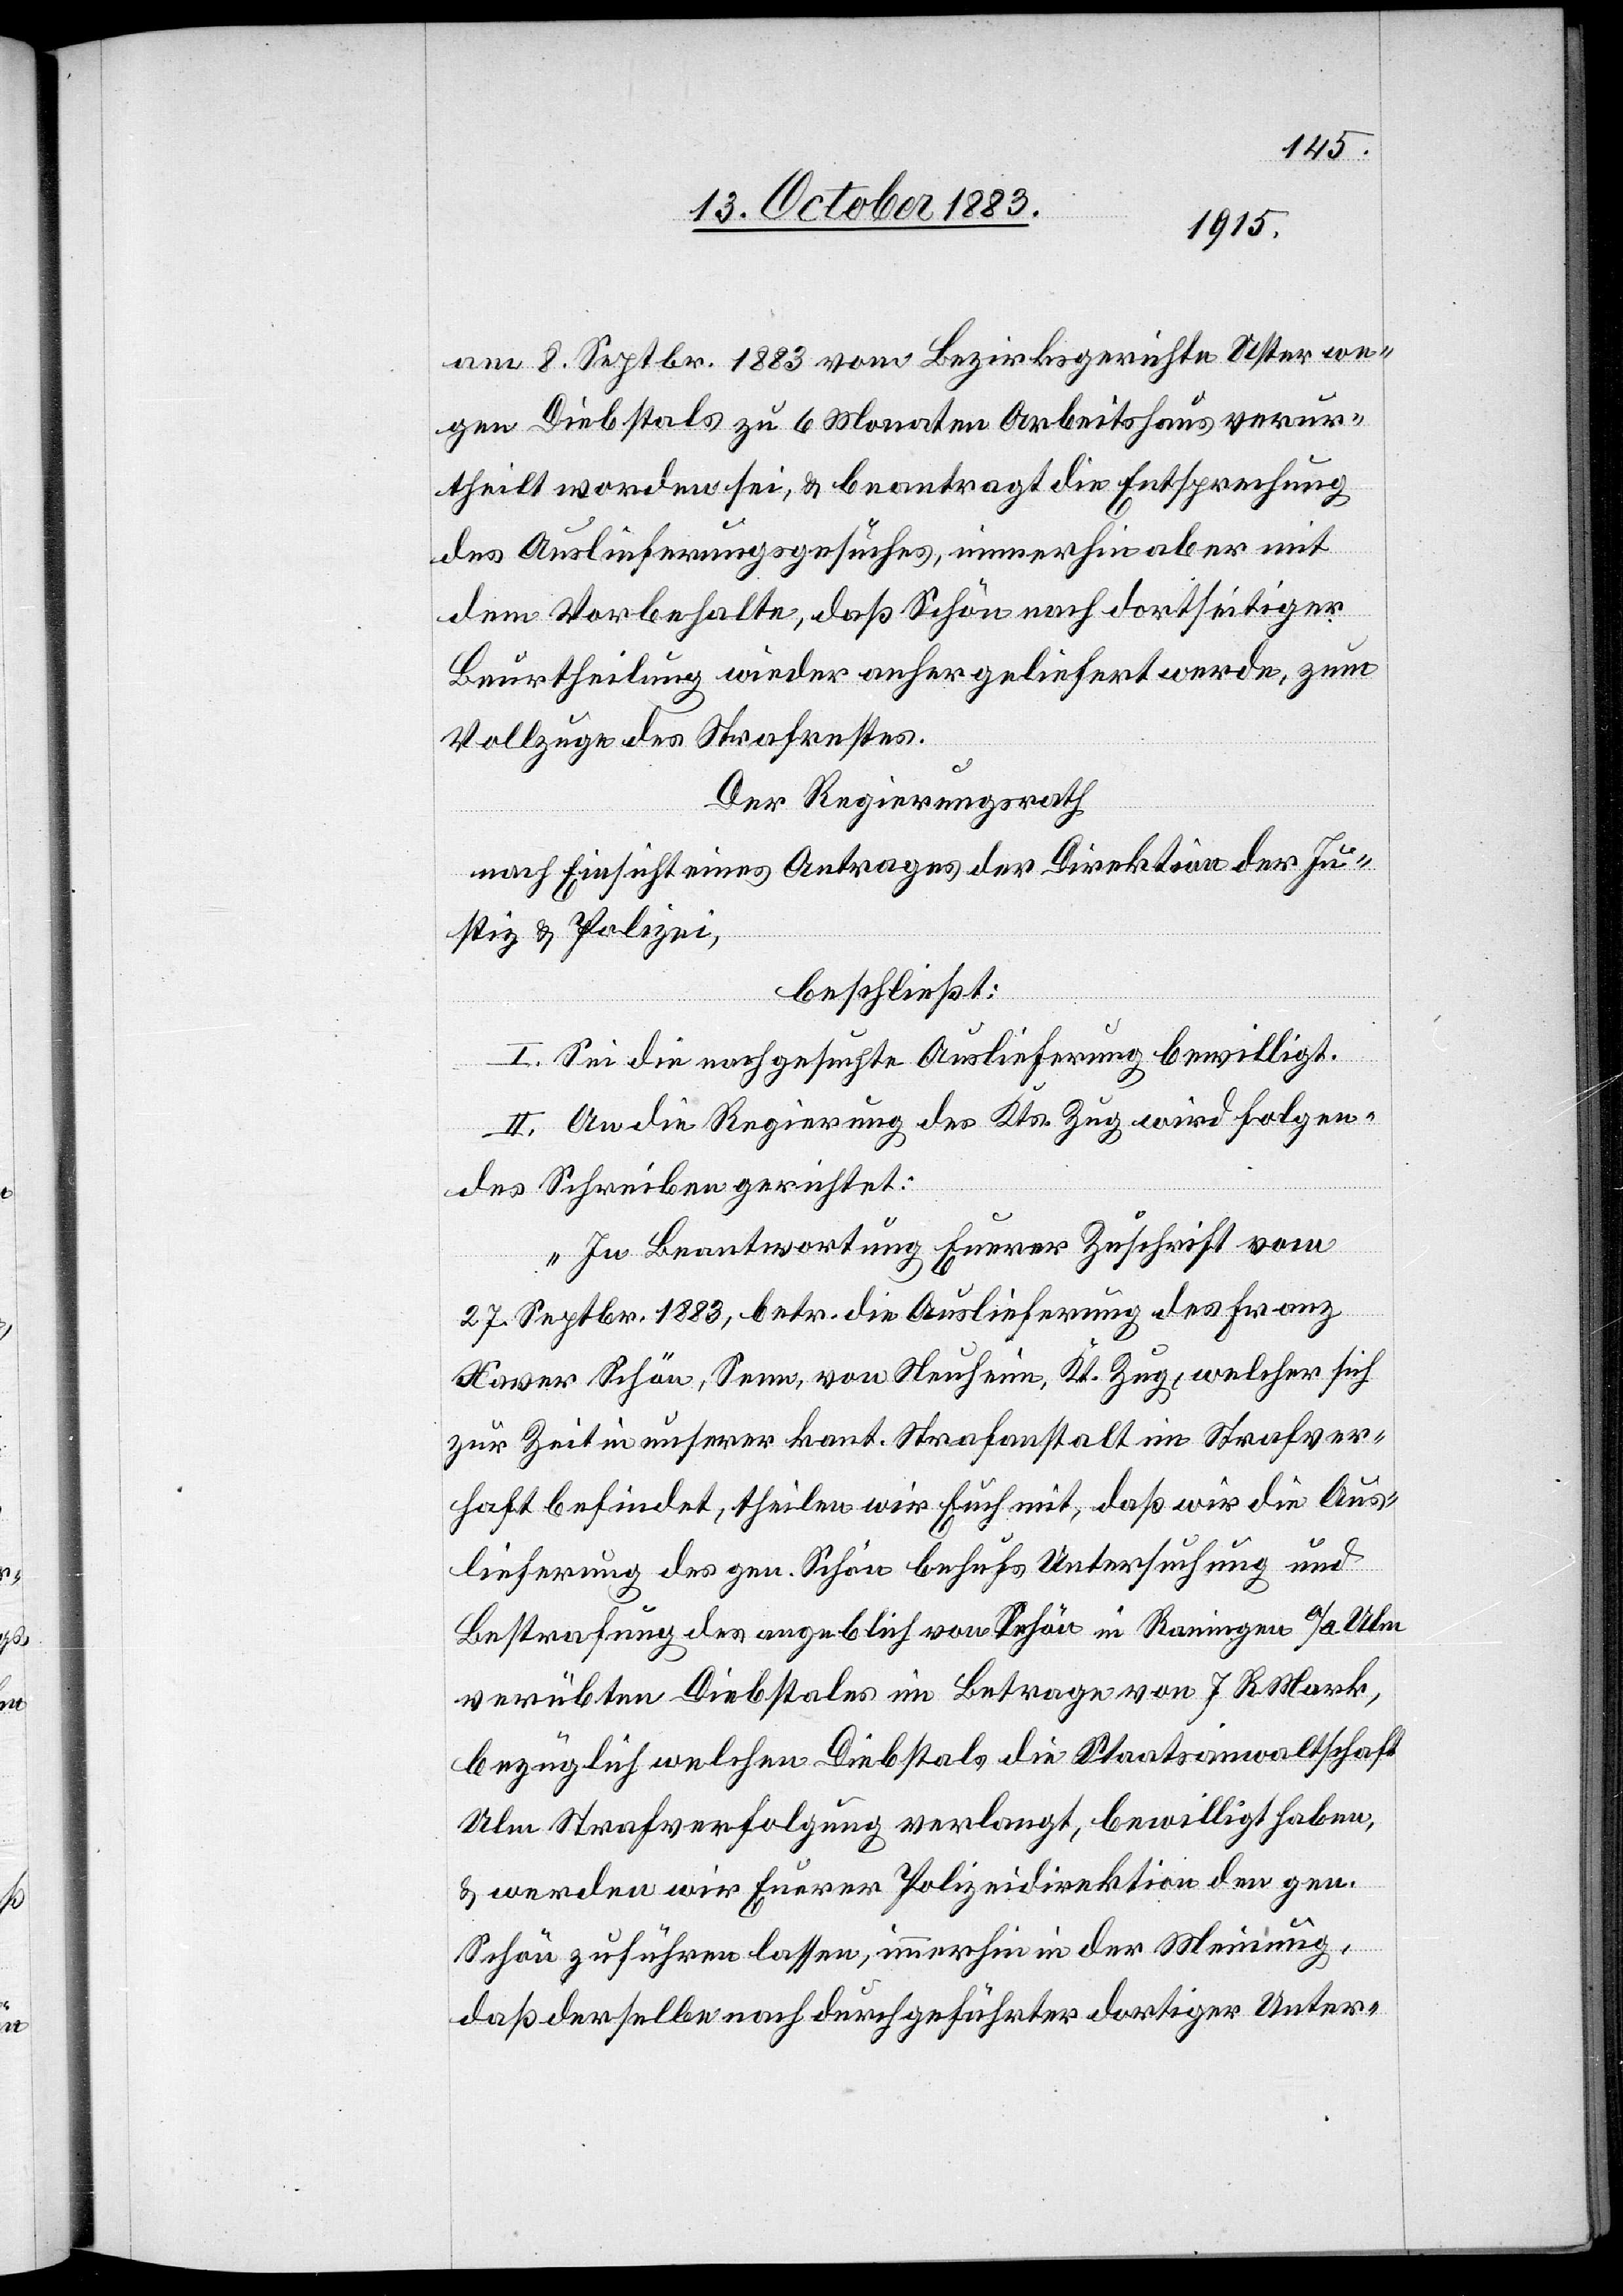
trafung
am 8. Septbr. 1883 vom Bezirksgerichte Uster we¬
gen Diebstals zu 6 Monaten Arbeitshaus verur¬
theilt worden sei, & beantragt die Entsprechung
des Auslieferungsgesuches, immerhin aber mit
dem Vorbehalte, daß Schön dortseitiger
Beurtheilung wieder anhergeliefert werde, zum
Vollzuge des Strafrechts.
Der Regierungsrath
nach Einsicht eines Antrages der Direktion der Ju¬
stiz & Polizei
beschließt:
I. Sei die nachgesuchte Auslieferung bewilligt.
II. An die Regierung des Kts. Zug wird folgen¬
des Schreiben gerichtet:
„In Beantwortung Euerer Zuschrift vom
27. Septbr. 1883, betr. die Auslieferung des Franz
Xaver Schön, Senn, von Neuheim, Kt. Zug, welcher sich
zur Zeit in unserer kant. Strafanstalt im Strafver¬
haft befindet, des gen. Schön behufs Untersuchung und Bes¬
verübten Diebstals im Betrage von 7 R. Mark,
bezüglich welchen Diebstals die Staatsanwaltschaft
Ulm Strafverfolgung verlangt, bewilligt haben,
& werden wir Euerer Polizeidirektion den gen.
Schön zuführen lassen, immerhin in der Meinung,
daß derselbe nach durchgeführter dortiger Unter-